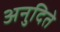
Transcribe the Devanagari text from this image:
अनुदिते